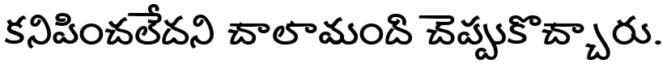
కనిపించలేదని చాలామంది చెప్పుకొచ్చారు.